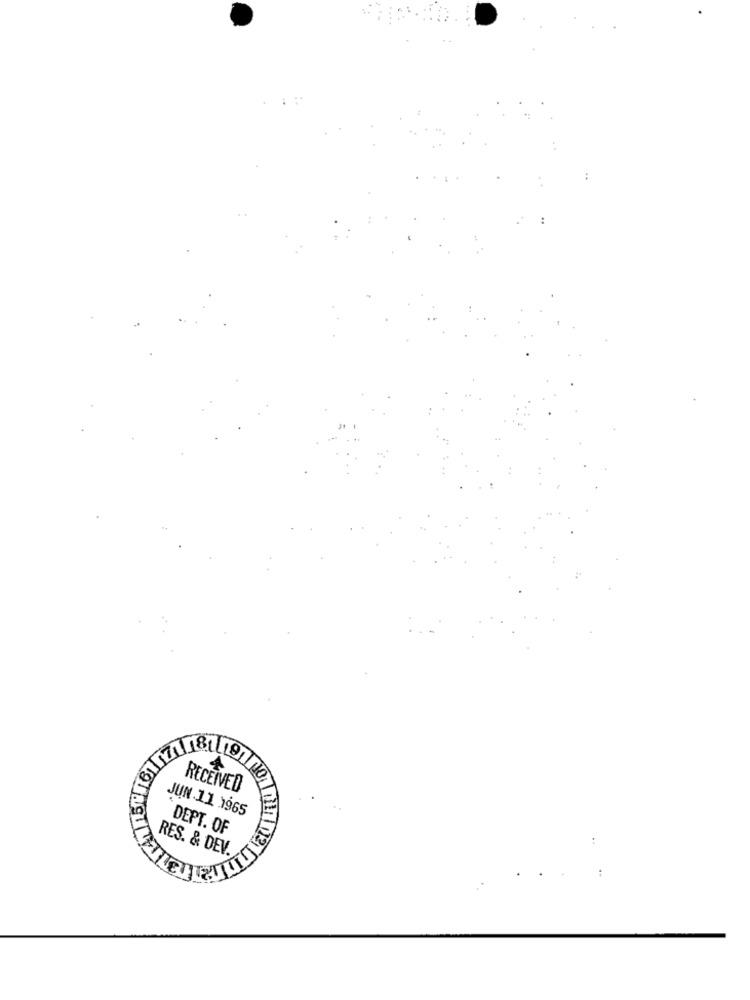
4
RECEIVED
JUN 11 1965
DEPT. OF
RES. & DEV